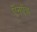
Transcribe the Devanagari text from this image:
ऍनऍच